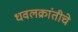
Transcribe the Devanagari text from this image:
धवलक्रांतीचे